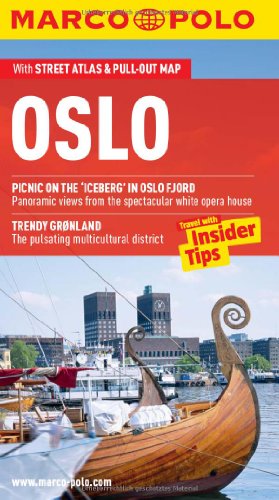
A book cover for Oslo Marco Polo Guide (Marco Polo Guides); Marco Polo Travel; Travel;